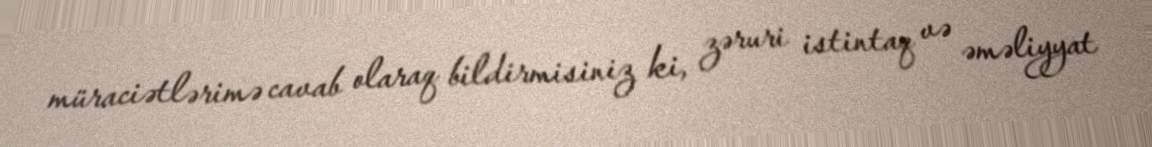
müraciətlərimə cavab olaraq bildirmisiniz ki, zəruri istintaq və əməliyyat